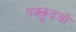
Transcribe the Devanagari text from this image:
पक्क़ुइओ